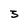
Character: 3